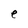
Character: e